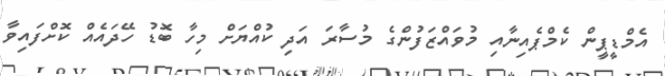
އެމްޑީޕީން ކެމްޕެއިނާއި މުވައްޒަފުންގެ މުސާރަ އަދި ކުއްޔަށް މިހާ ބޮޑު ހޭދައެއް ކޮށްފައިވާ